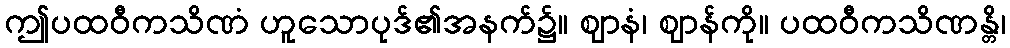
ဤပထဝီကသိဏံ ဟူသောပုဒ်၏အနက်၌။ ဈာနံ၊ ဈာန်ကို။ ပထဝီကသိဏန္တိ၊